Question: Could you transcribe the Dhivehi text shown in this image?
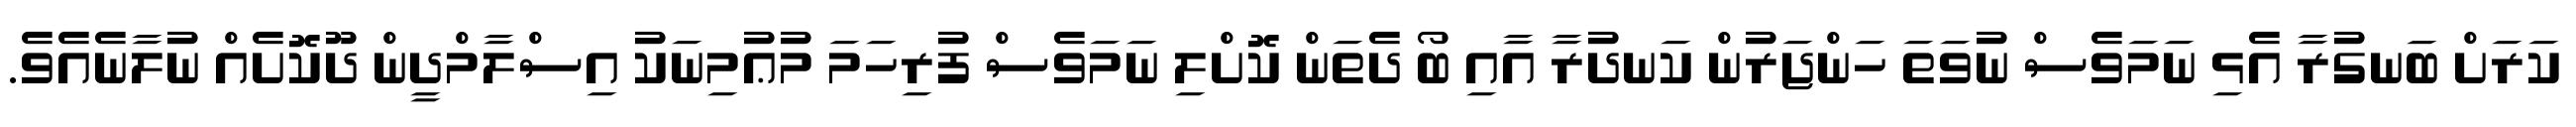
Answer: ކަރަށް ބަނގުރާ އެޅި ނަމަވެސް ނުވަތަ ހަންޖަރުން ކަނދުރާ އާއި ބޯ ދެތަން ކޮށްލި ނަމަވެސް ފުރިހަމަ މުޢުމިނަކު އިސްލާމްދީން ދޫކޮށެއް ނުލާނެއެވެ.